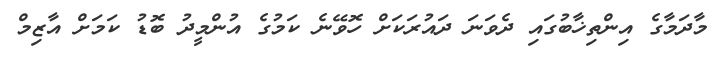
މާދަމާގެ އިންތިޚާބުގައި ދެވަނަ ދައުރަކަށް ހޮވޭނެ ކަމުގެ އުންމީދު ބޮޑު ކަމަށް އާޒިމް